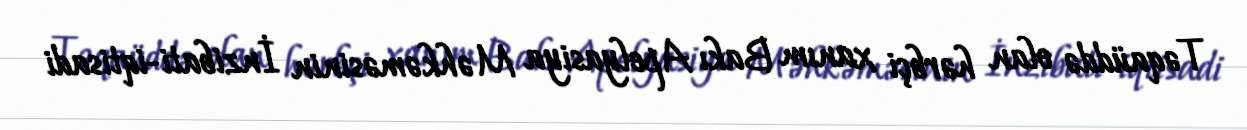
Təqaüddə olan hərbçi xanım Bakı Apelyasiya Məhkəməsinin İnzibati-iqtisadi